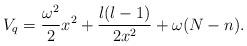
LaTeX: \begin{align*}V_q = \frac{\omega^2}{2} x^2 + \frac{l(l-1)}{2x^2} + \omega(N-n) .\end{align*}